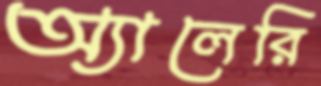
অ্যালেরি